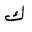
Letter: _kaf